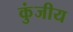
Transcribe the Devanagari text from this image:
कुंजीय